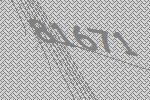
81671